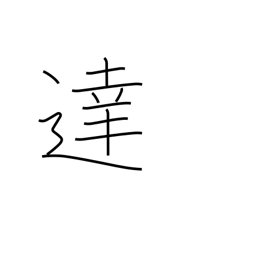
Meaning: reach